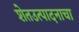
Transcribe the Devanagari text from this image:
शेतउत्पादनाचा